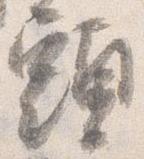
頭